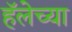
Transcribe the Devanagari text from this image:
हॅलेच्या